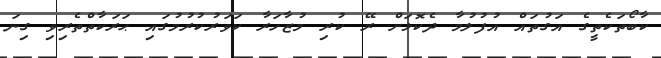
ކާބޯތަކެތީގެ އަގުތައް އުފުލުމާ ދެކޮޅަށް ރޭ ކުރި މުޒާހަރާ ކަވަރުކުރުމުގައި ޙަރަކާތްތެރިވި ގިނަ